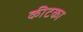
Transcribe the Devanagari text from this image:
कीटका